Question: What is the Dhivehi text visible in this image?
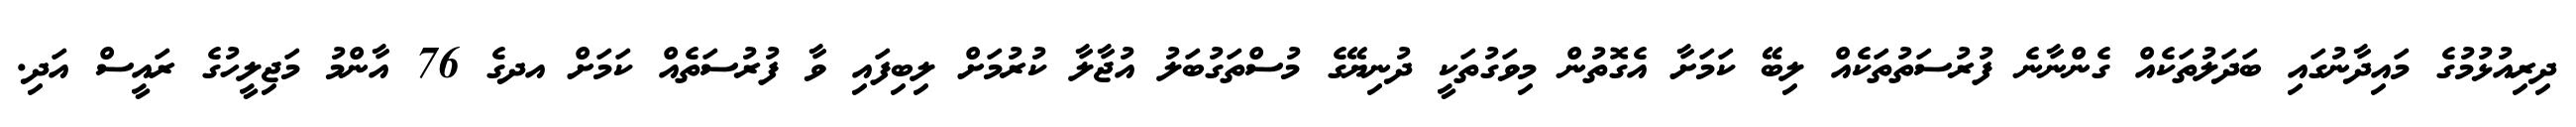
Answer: ދިރިއުޅުމުގެ މައިދާނުގައި ބަދަލުތަކެއް ގެންނާނެ ފުރުސަތުތަކެއް ލިބޭ ކަމަށާ އެގޮތުން މިވަގުތަކީ ދުނިޔޭގެ މުސްތަގުބަލު އުޖާލާ ކުރުމަށް ލިބިފައި ވާ ފުރުސަތެއް ކަމަށް އދގެ 76 އާންމު މަޖިލީހުގެ ރައީސް އަދި.